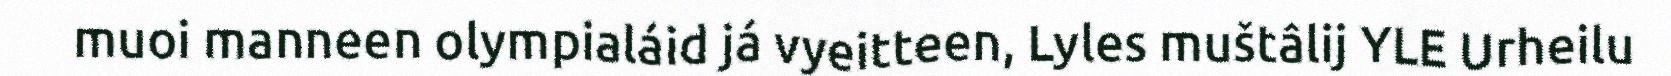
muoi manneen olympialáid já vyeitteen, Lyles muštâlij YLE Urheilu